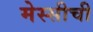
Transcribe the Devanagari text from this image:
मेस्सीची